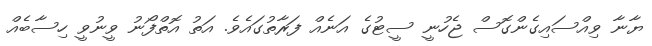
ޔާނާ ވިއްސައިގެންގޮސް ޖެހުނީ ސީޓުގެ އަނެއް ފަރާތުގައެވެ. އަތު އޮތްފޯނު ވީނުވީ ހިސާބެއް